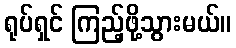
ရုပ်ရှင် ကြည့်ဖို့သွားမယ်။